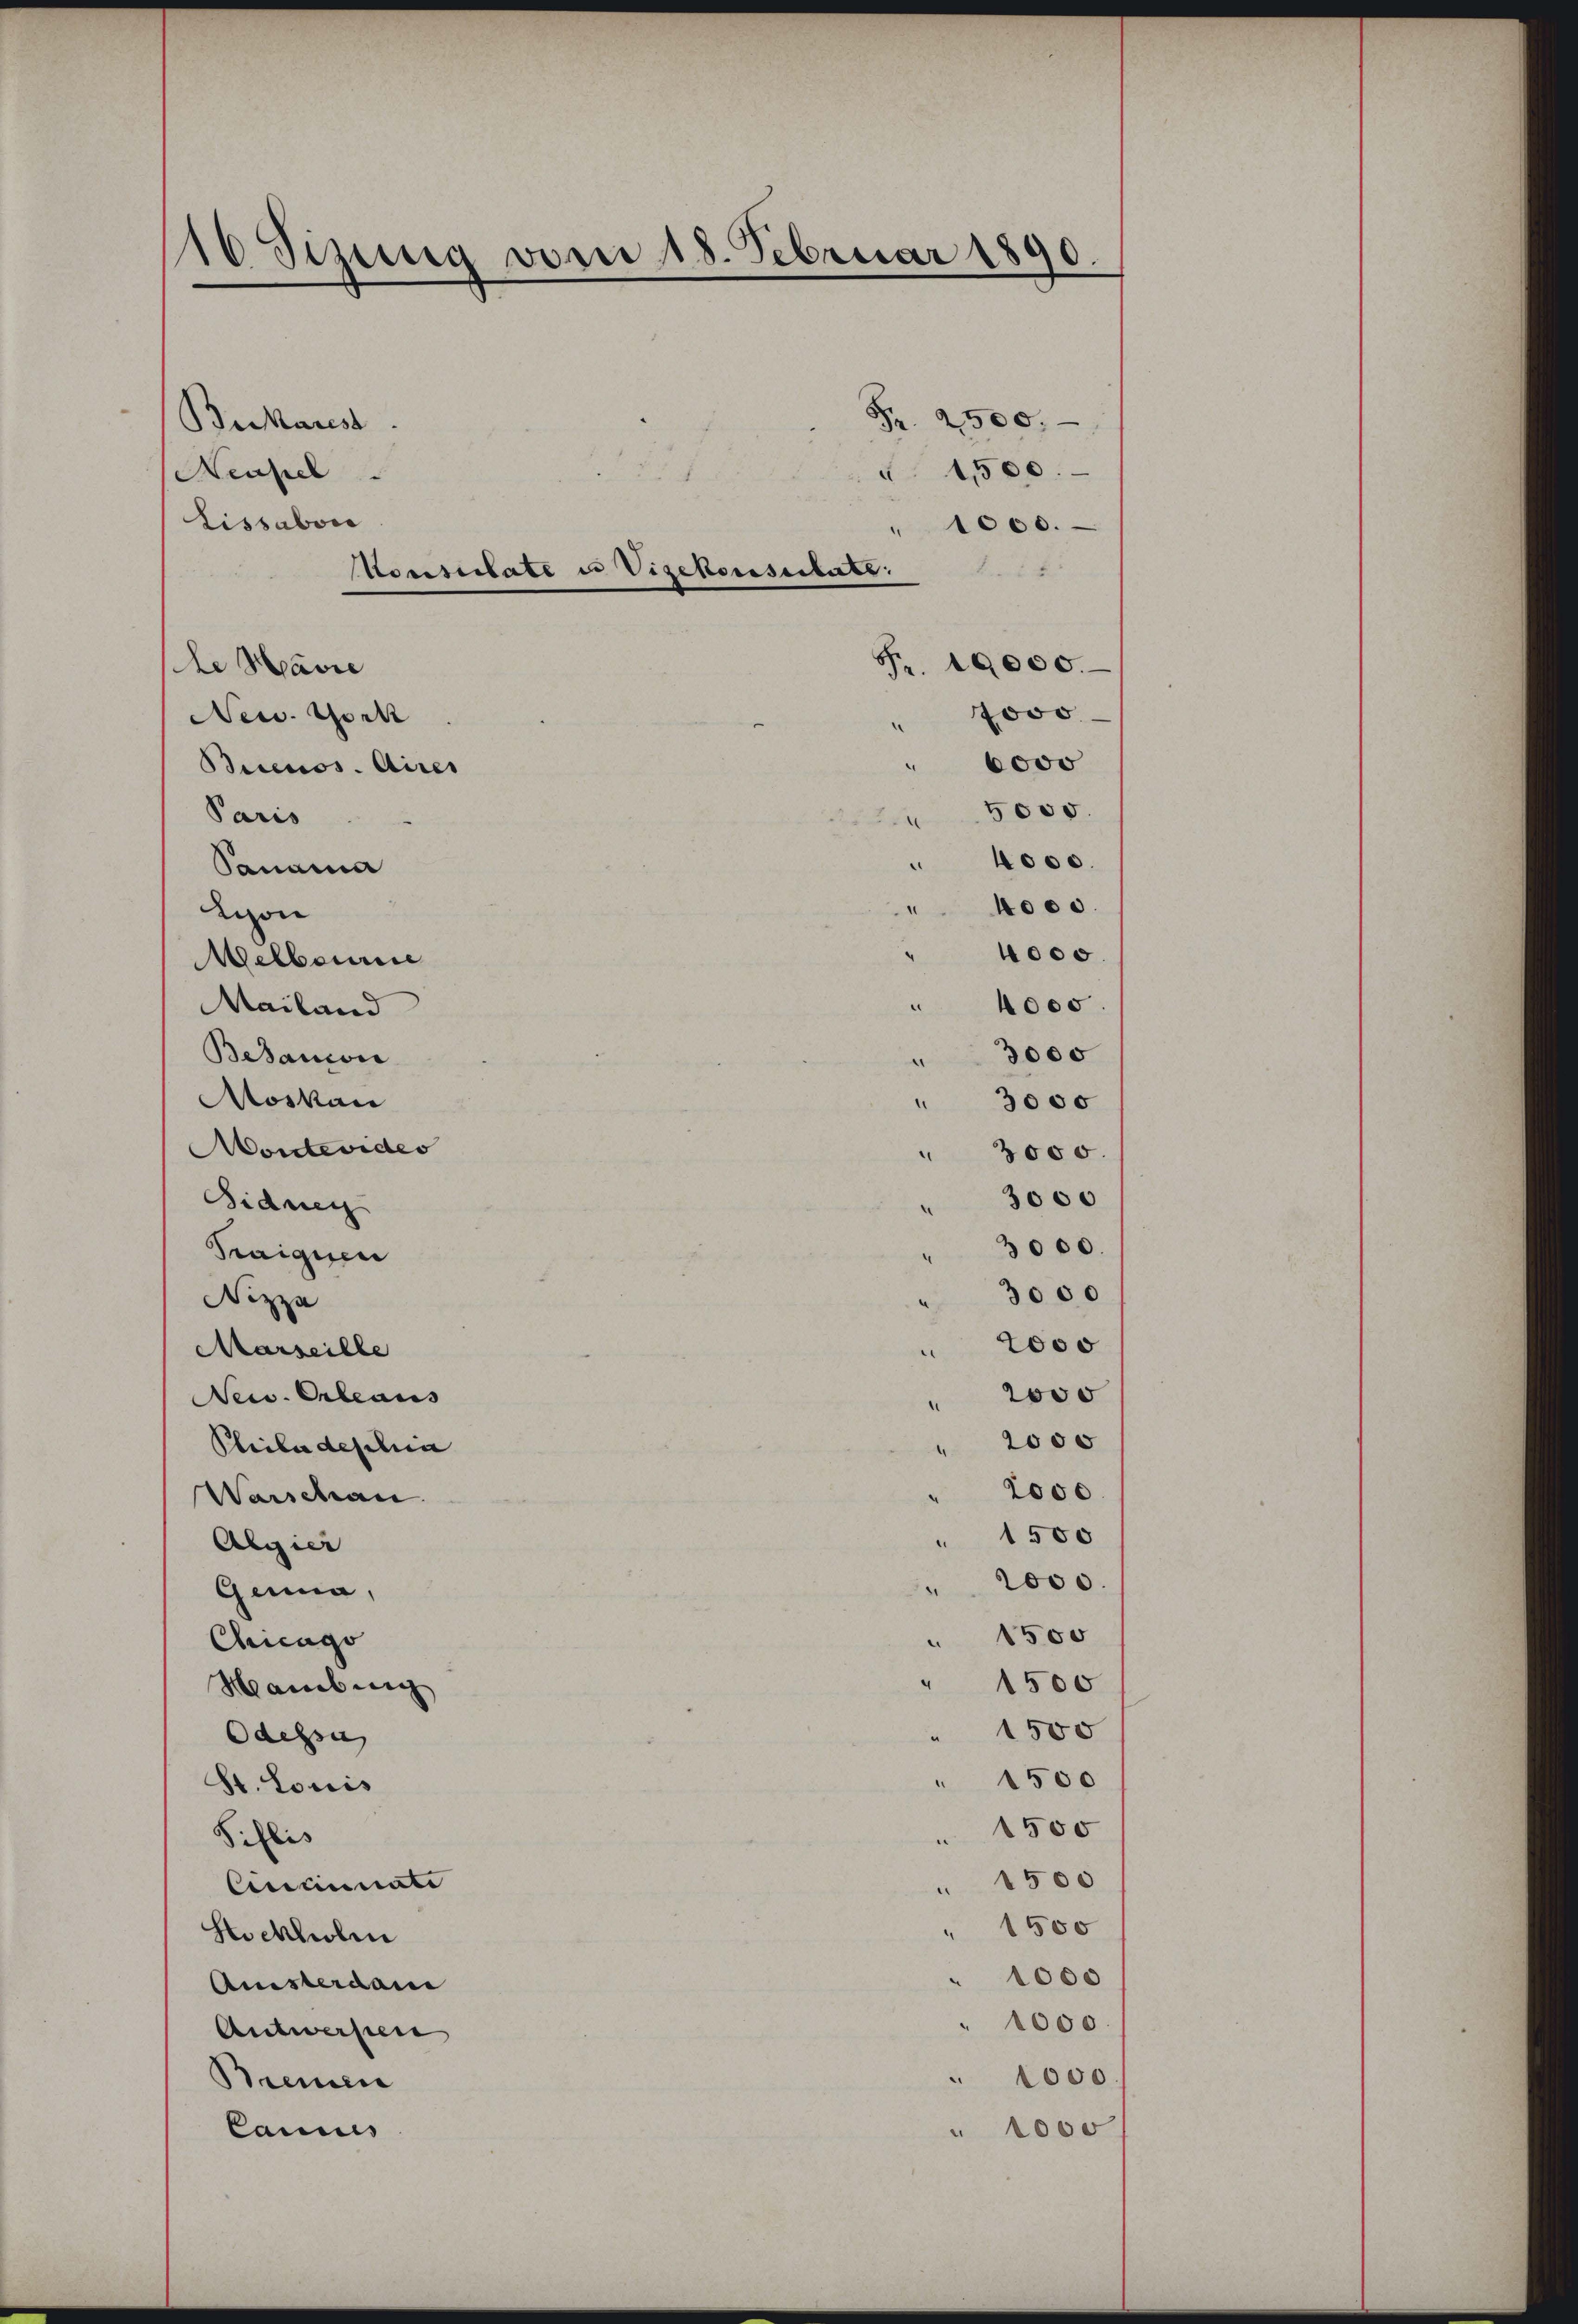
16 Sizung vom 18. Februar 1890.

Beikarest
Neustel
Lissabon
de Marie
New York
Buenos Aires
Paris
Panama
dion
Melboure
Mailand
Bedauon
Atoskau
Montevides
Sidner
Traiquen
Nizza
Marseille
New. Orleaus
Philadeschin
Warschan
Algier
Genua,
Chicago
Hamburg
Odessa
St. Louis
Silis
Cincinate
stockholen
Amisterdan
Antwerfen
Bremen
Cannes

Konsulate u Vizekonsulate.

" 1000.
" 6000
5000.
e
¬
.
1500
1500
1500
1500
 1500
" 1500
" 1500
" 1000
" 1000.
1000.
1000

Fr. 2500.
 1,500.

Fr. 10000.
" 7000.

" 4000.
4000.
3000
" 3000
3000.
" 3000
" 3000.
3000
 2000
" 2000
" 2000
2000
" 1500
2000.

" 4000.

" 4000